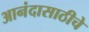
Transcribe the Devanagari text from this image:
आनंदासाठीचे